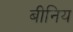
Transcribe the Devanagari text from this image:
बीनिय